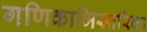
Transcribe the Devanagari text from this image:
गणिकाभिसारिका